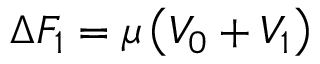
\Delta F _ { 1 } = \mu \left( V _ { 0 } + V _ { 1 } \right)